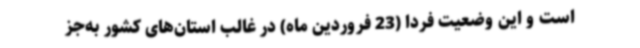
است و این وضعیت فردا (23 فروردین ماه) در غالب استان‌های کشور به‌جز